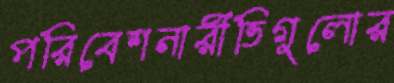
পরিবেশনারীতিগুলোর